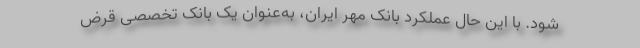
شود. با این حال عملکرد بانک مهر ایران، به‌عنوان یک بانک تخصصی قرض